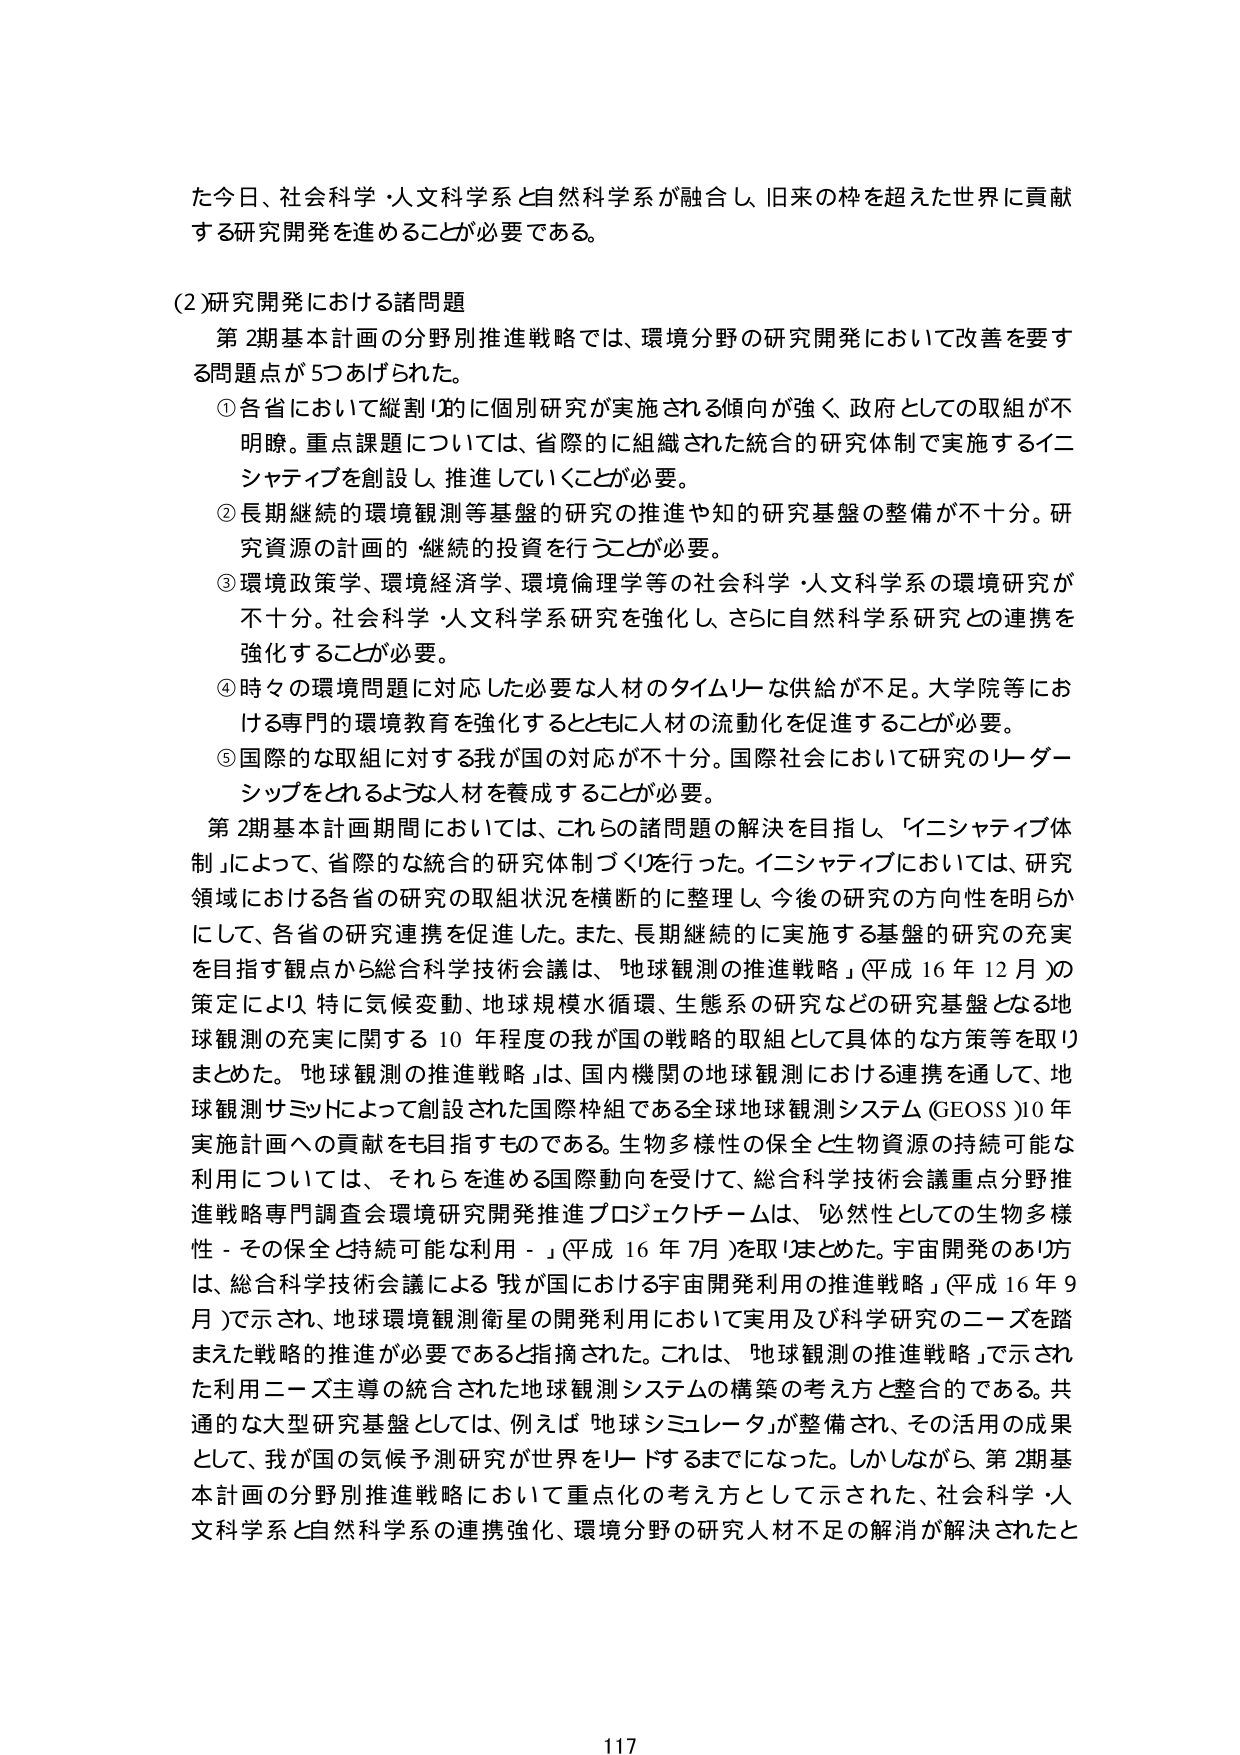
た今日、社会科学・人文科学系と自然科学系が融合し、旧来の枠を超えた世界に貢献する研究開発を進めることが必要である。

(2)研究開発における諸問題

第2期基本計画の分野別推進戦略では、環境分野の研究開発において改善を要する問題点が5つあげられた。

① 各省において縦割り的に個別研究が実施される傾向が強く、政府としての取組が不明瞭。重点課題については、省際的に組織された統合的研究体制で実施するイニシアティブを創設し、推進していくことが必要。

② 長期継続的環境観測等基盤的研究の推進や知的研究基盤の整備が不十分。研究資源の計画的・継続的投資を行うことが必要。

③ 環境政策学、環境経済学、環境倫理学等の社会科学・人文科学系の環境研究が不十分。社会科学・人文科学系研究を強化し、さらに自然科学系研究との連携を強化することが必要。

④ 時々の環境問題に対応した必要な人材のタイムリーな供給が不足。大学院等における専門的環境教育を強化するとともに人材の流動化を促進することが必要。

⑤ 国際的な取組に対する我が国の対応が不十分。国際社会において研究のリーダーシップをとれるような人材を養成することが必要。

第2期基本計画期間においては、これらの諸問題の解決を目指し、「イニシアティブ体制」によって、省際的な統合的研究体制づくりを行った。イニシアティブにおいては、研究領域における各省の研究の取組状況を横断的に整理し、今後の研究の方向性を明らかにして、各省の研究連携を促進した。また、長期継続的に実施する基盤的研究の充実を目指す観点から総合科学技術会議は、「地球観測の推進戦略」（平成16年12月）の策定により、特に気候変動、地球規模水循環、生態系の研究などの研究基盤となる地球観測の充実に関する10年程度の我が国の戦略的取組として具体的な方策等を取りまとめた。「地球観測の推進戦略」は、国内機関の地球観測における連携を通して、地球観測サミットによって創設された国際枠組である全球地球観測システム（GEOSS）10年実施計画への貢献をも目指すものである。生物多様性の保全と生物資源の持続可能な利用については、それらを進める国際動向を受けて、総合科学技術会議重点分野推進戦略専門調査会環境研究開発推進プロジェクトチームは、「必然性としての生物多様性－その保全と持続可能な利用－」（平成16年7月）を取りまとめた。宇宙開発のあり方は、総合科学技術会議による「我が国における宇宙開発利用の推進戦略」（平成16年9月）で示され、地球環境観測衛星の開発利用において実用及び科学研究のニーズを踏まえた戦略的推進が必要であると指摘された。これは、「地球観測の推進戦略」で示された利用ニーズ主導の統合された地球観測システムの構築の考え方と整合的である。共通的な大型研究基盤としては、例えば「地球シミュレータ」が整備され、その活用の成果として、我が国の気候予測研究が世界をリードするまでになった。しかしながら、第2期基本計画の分野別推進戦略において重点化の考え方として示された、社会科学・人文科学系と自然科学系の連携強化、環境分野の研究人材不足の解消が解決されたと

117